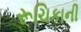
રૂચિકાની